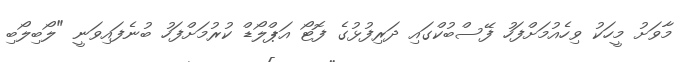
މާވަށު މީހަކު ވިހެއުމަށްފަހު ފޭސްބުކްގައި ދަރިފުޅުގެ ފޮޓޯ އަޕްލޯޑް ކުރުމަށްފަހު ބުނެފައިވަނީ "ލޯބިލޯބި